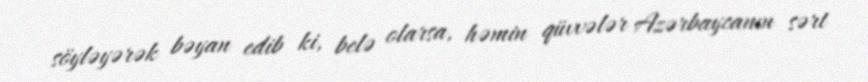
söyləyərək bəyan edib ki, belə olarsa, həmin qüvvələr Azərbaycanın sərt